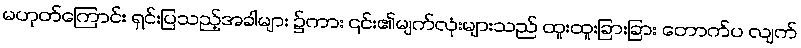
မဟုတ်ကြောင်း ရှင်းပြသည့်အခါများ ၌ကား ၎င်း၏မျက်လုံးများသည် ထူးထူးခြားခြား တောက်ပ လျက်